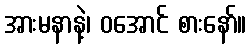
အားမနာနဲ့၊ ဝအောင် စားနော်။